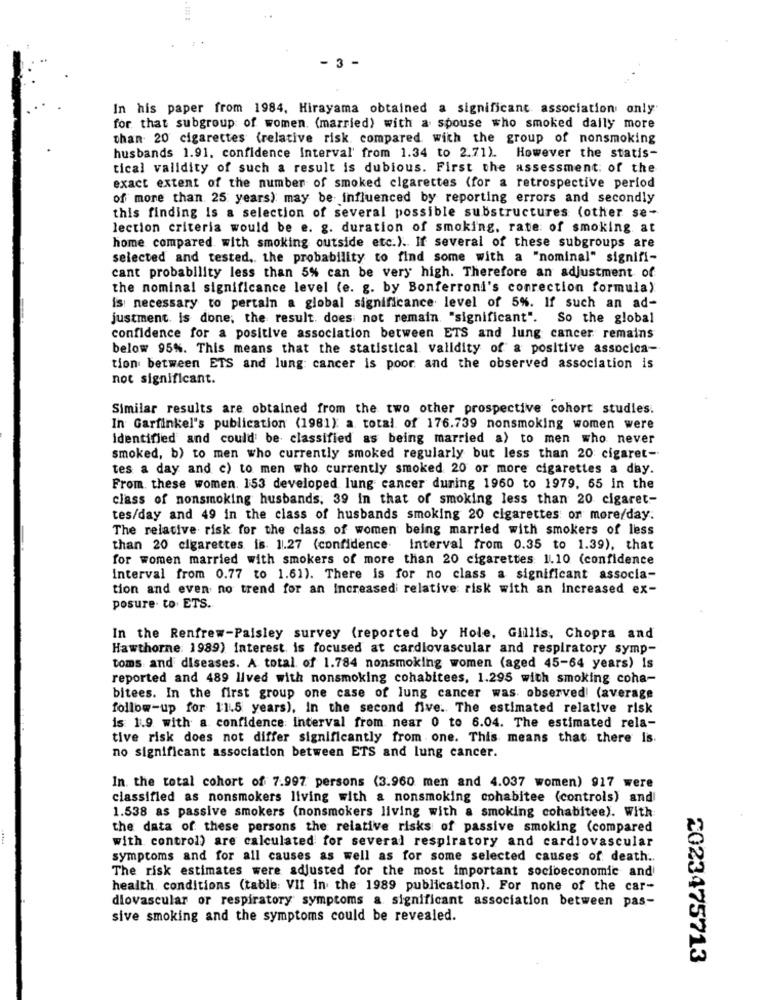
- 3 -
In his paper from 1984, Hirayama obtained a significant association only
for that subgroup of women. (married) with a spouse who smoked daily more
than 20 cigarettes (relative risk compared with the group of nonsmoking
husbands 1.91. confidence Interval' from 1.34 to 2.71). However the statis-
tical validity of such a result is dubious. First the assessment of the
exact extent of the number of smoked cigarettes (for a retrospective period
of more than 25 years) may be influenced by reporting errors and secondly
this finding is a selection of several possible substructures (other se-
lection criteria would be e. g. duration of smoking, rate: of smoking at
home compared with smoking outside etc.). If several of these subgroups are
selected and tested, the probability to find some with a "nominal" signifi-
cant probability less than 5% can be very high. Therefore an adjustment of
the nominal significance level (e. g. by Bonferroni's correction formula)
is necessary to pertain a global significance level of 5%. If such an ad-
justment. is done; the result. does not remain. "significant". So the global
confidence for a positive association between ETS and lung cancer remains
below 95%. This means that the statistical validity of a positive associca-
tion between ETS and lung cancer is poor and the observed association is
not significant.
Similar results are obtained from the two other prospective cohort studies.
In Garfinkel's publication (1981): a total of 176.739 nonsmoking women were
identified and could be classified as being married a) to men who never
smoked, b) to men who currently smoked regularly but less than 20 cigaret-
tes a day and c) to men who currently smoked 20 or more cigarettes a day.
From. these women. 153 developed lung cancer during 1960 to 1979, 65 in the
class of nonsmoking husbands. 39 in that of smoking less than 20 cigaret-
tes/day and 49 in the class of husbands smoking 20 cigarettes or more/day.
The relative risk for the class of women being married with smokers of less
than 20 cigarettes is. 1.27 (confidence
Interval from 0.35 to 1.39), that
for women married with smokers of more than 20 cigarettes 110 (confidence
Interval from 0.77 to 1.61). There is for no class a significant associa-
tion and even no trend for an Increasedi relative risk with an increased ex-
posure. to. ETS.
In the Renfrew-Paisley survey (reported by Hole, Gillis, Chopra and
Hawthorne: 1989) interest is focused at cardiovascular and respiratory symp-
toms and diseases. A total of 1.784 nonsmoking women (aged 45-64 years) is
reported and 489 lived with nonsmoking cohabitees, 1.295 with smoking coha-
bitees. In the first group one case of lung cancer was observed! (average
follow-up for 11.5 years), In the second five. The estimated relative risk
is 1.9 with a confidence interval from near 0 to 6.04. The estimated rela-
tive risk does not differ significantly from one. This means that there Is.
no significant association between ETS and lung cancer.
In the total cohort of 7.997 persons (3.960 men and 4.037 women) 917 were
classified as nonsmokers living with a nonsmoking cohabitee (controls) and
1.538 as passive smokers (nonsmokers living with a smoking cohabitee). With
the data of these persons the relative risks of passive smoking (compared
with control) are calculated for several respiratory and cardiovascular
symptoms and for all causes as well as for some selected causes of death ..
The risk estimates were adjusted for the most important socioeconomic and
health conditions (table: VII in the 1989 publication). For none of the car-
diovascular or respiratory symptoms a significant association between pas-
sive smoking and the symptoms could be revealed.
2023475713